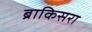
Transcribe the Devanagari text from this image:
ब्राकिसरा